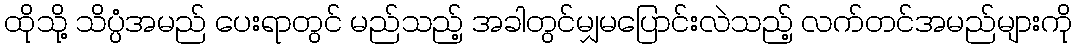
ထိုသို့ သိပ္ပံအမည် ပေးရာတွင် မည်သည့် အခါတွင်မျှမပြောင်းလဲသည့် လက်တင်အမည်များကို